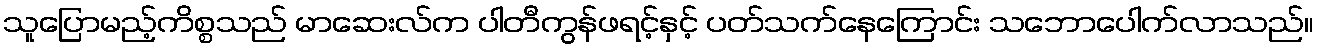
သူပြောမည့်ကိစ္စသည် မာဆေးလ်က ပါတီကွန်ဖရင့်နှင့် ပတ်သက်နေကြောင်း သဘောပေါက်လာသည်။